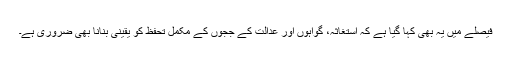
فیصلے میں یہ بھی کہا گیا ہے کہ استغاثہ، گواہوں اور عدالت کے ججوں کے مکمل تحفظ کو یقینی بنانا بھی ضروری ہے۔